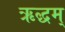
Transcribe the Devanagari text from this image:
ऋद्धम्